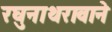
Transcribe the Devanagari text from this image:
रघुनाथरावाने